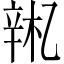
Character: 𫐚